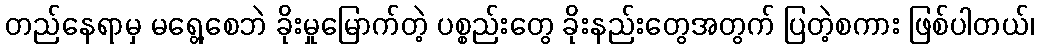
တည်နေရာမှ မရွေ့စေဘဲ ခိုးမှုမြောက်တဲ့ ပစ္စည်းတွေ ခိုးနည်းတွေအတွက် ပြတဲ့စကား ဖြစ်ပါတယ်၊